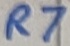
Text: R7